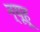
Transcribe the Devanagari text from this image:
न्यूहू